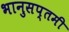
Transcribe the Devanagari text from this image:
भानुसप्तमी